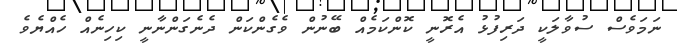
ނަމަވެސް ސުވާލަކީ ދަރިފުޅު އެރޮނީ ކޮންކަމެއް ބޭނުން ވެގެންކަން ދެނެގަންނާނީ ކިހިނެއް ހެއްޔެވެ